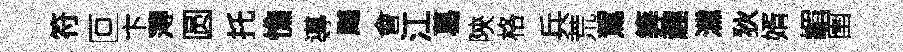
符叵卞薄圆托憔導飇會江葛陝格兵荒駕筭趣灙狄婿嵋圉